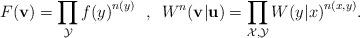
LaTeX: \begin{align*}F(\mathbf{v}) = \prod_{\cal{Y}} {f(y)}^{n(y)} \mbox{ \ , \ } W^n(\mathbf{v}|\mathbf{u}) = \prod_{\cal{X,Y}} {W(y|x)}^{n(x,y)} \mbox{.}\end{align*}